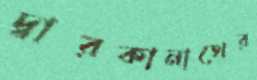
দ্বারকানাথের